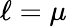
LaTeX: \ell=\mu